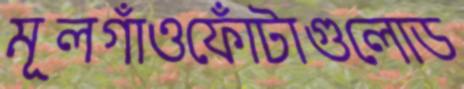
মূলগাঁওফোঁটাগুলোড